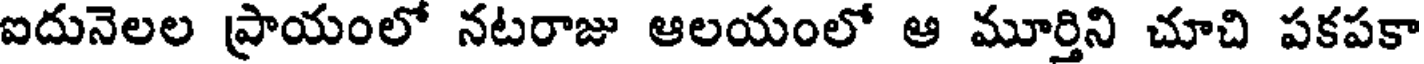
ఐదునెలల ప్రాయంలో నటరాజు ఆలయంలో ఆ మూర్తిని చూచి పకపకా